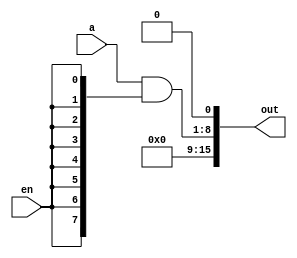
module shift1_8bit(
	input [7:0] a,
	input en,
	output [15:0] out
);

assign out[15:9] = 7'b0;
assign out[8:1] = a&{8{en}};
assign out[0] = 1'b0;

endmodule